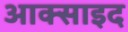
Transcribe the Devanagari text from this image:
आक्साइद